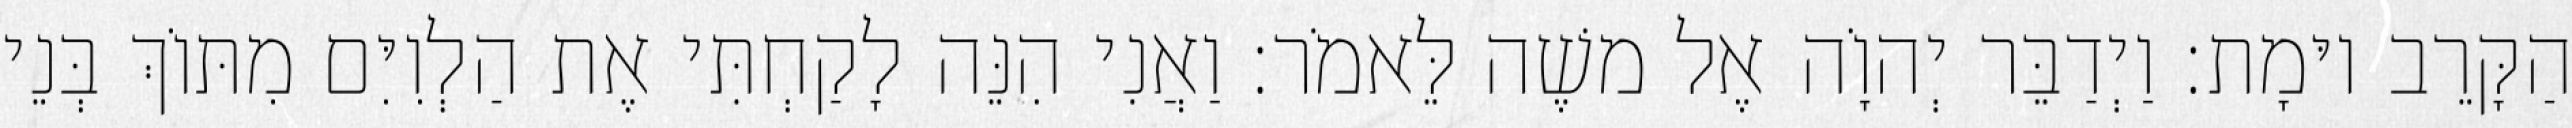
הַקָּרֵב יוּמָת׃ וַיְדַבֵּר יְהוָֹה אֶל משֶׁה לֵּאמֹר׃ וַאֲנִי הִנֵּה לָקַחְתִּי אֶת הַלְוִיִּם מִתּוֹךְ בְּנֵי